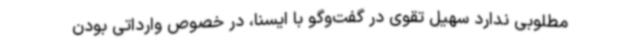
مطلوبی ندارد سهیل تقوی در گفت‌وگو با ایسنا، در خصوص وارداتی‌ بودن